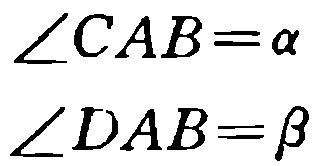
\(\angle CAB=\alpha\)
\(\angle DAB=\beta\)